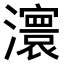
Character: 𤃆